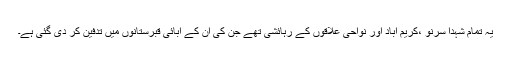
یہ تمام شہدا سرنو ،کریم آباد اور نواحی علاقوں کے رہائشی تھے جن کی ان کے آبائی قبرستانوں میں تدفین کر دی گئی ہے۔